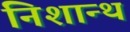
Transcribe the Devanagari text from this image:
निशान्थ